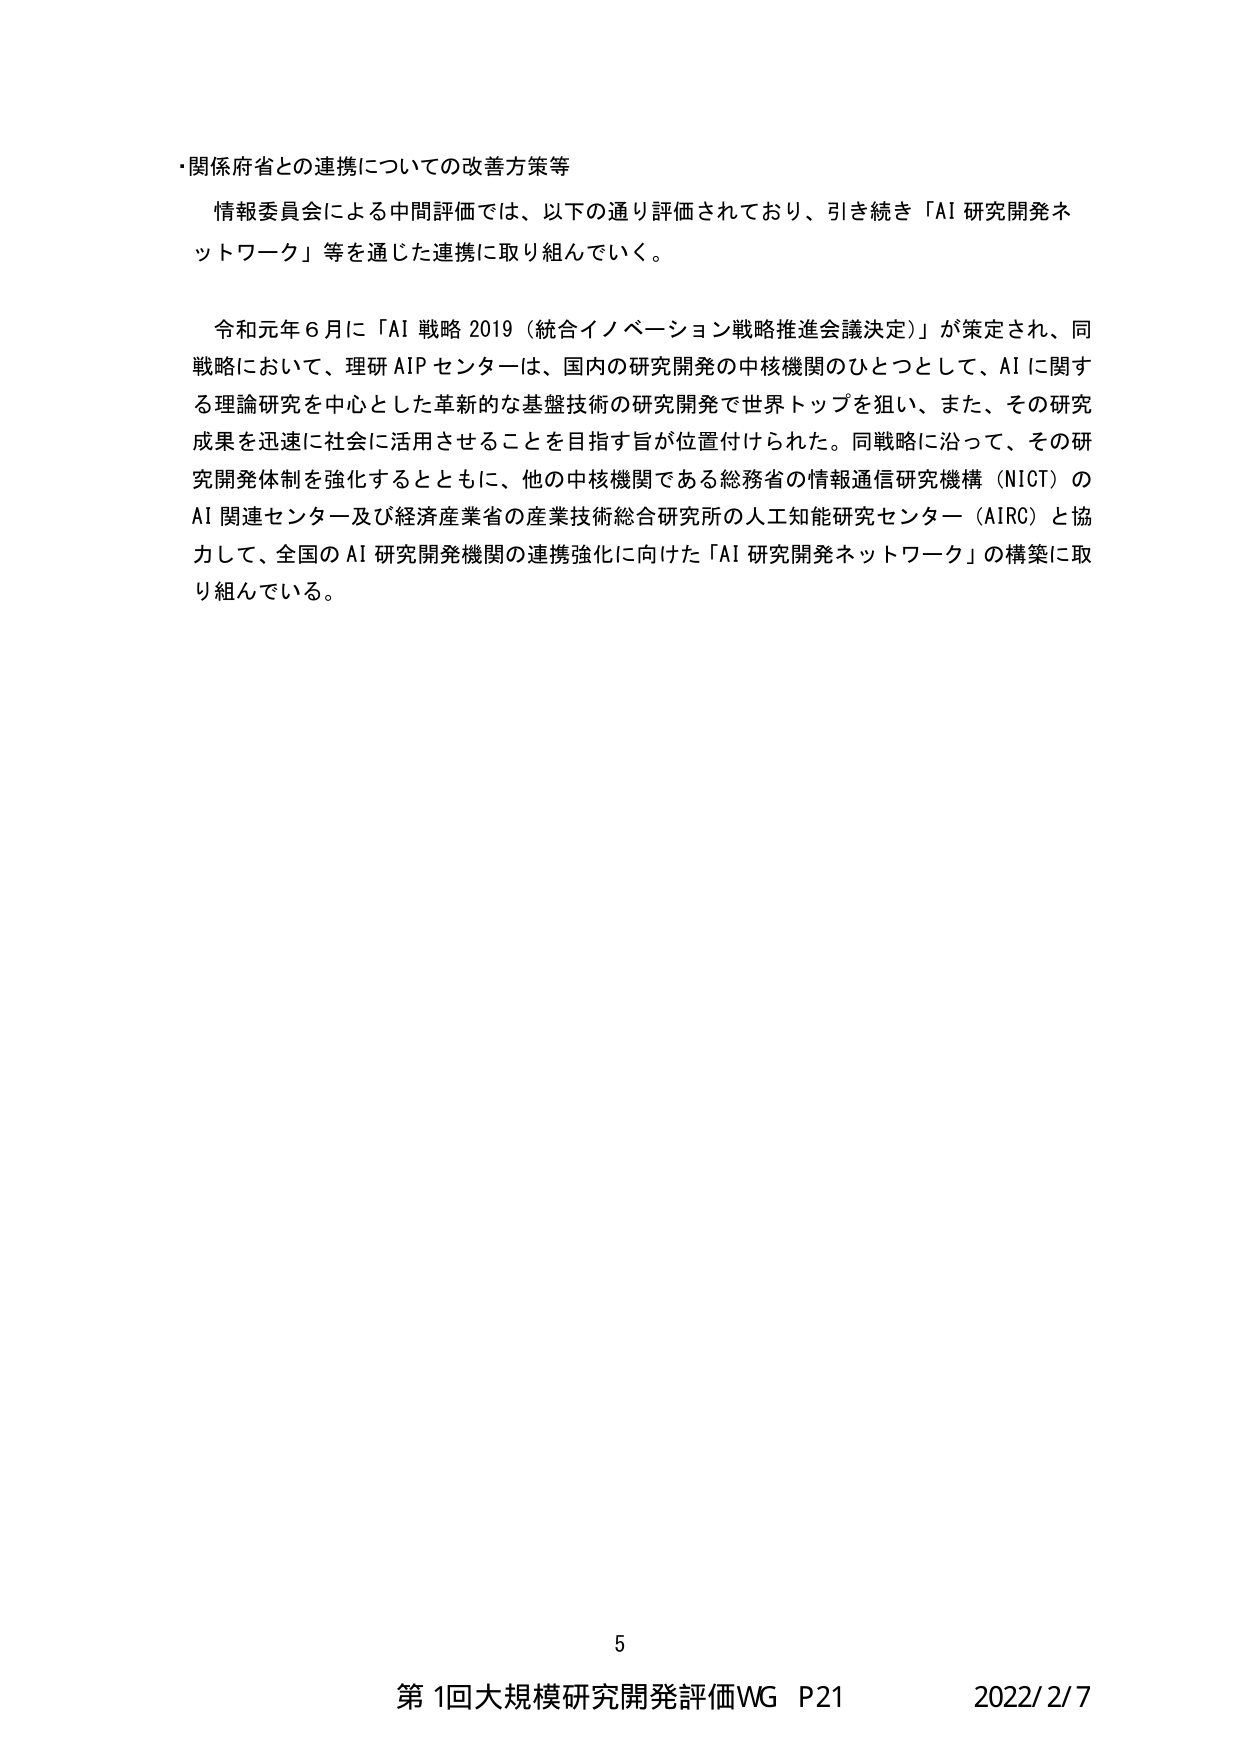
・関係府省との連携についての改善方策等

情報委員会による中間評価では、以下の通り評価されており、引き続き「AI 研究開発ネットワーク」等を通じた連携に取り組んでいく。

令和元年６月に「AI 戦略 2019（統合イノベーション戦略推進会議決定）」が策定され、同戦略において、理研 AIP センターは、国内の研究開発の中核機関のひとつとして、AI に関する理論研究を中心とした革新的な基盤技術の研究開発で世界トップを狙い、また、その研究成果を迅速に社会に活用させることを目指す旨が位置付けられた。同戦略に沿って、その研究開発体制を強化するとともに、他の中核機関である総務省の情報通信研究機構（NICT）のAI 関連センター及び経済産業省の産業技術総合研究所の人工知能研究センター（AIRC）と協力して、全国の AI 研究開発機関の連携強化に向けた「AI 研究開発ネットワーク」の構築に取り組んでいる。

5

第1回大規模研究開発評価WG P21 2022/2/7